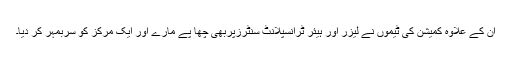
ان کے علاوہ کمیشن کی ٹیموں نے لیزر اور ہیئر ٹرانسپلانٹ سنٹرزپربھی چھا پے مارے اور ایک مرکز کو سربمہر کر دیا۔